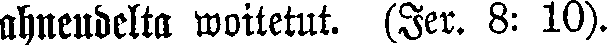
ahneudelta woitetut. (Jer. 8: 10).